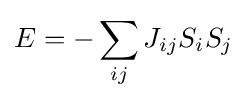
E=-\sum _{ij}J_{ij}S_{i}S_{j}